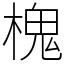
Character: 槐